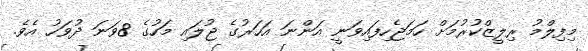
މިފިލްމު ރިލީޒްކުރުމަށް ހަމަޖެހިފައިވަނީ އަންނަ އަހަރުގެ ޖުލައި މަހުގެ 8ވަނަ ދުވަހު އެވެ.